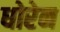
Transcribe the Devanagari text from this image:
धोरेन